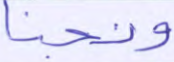
ونجنا